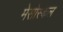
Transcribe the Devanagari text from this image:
मेसोस्कल